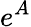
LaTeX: e^{A}